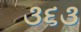
૩૬૩